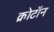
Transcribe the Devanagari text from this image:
क्रोटॉन